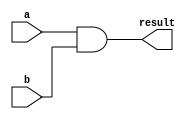
module generate_function (
    input a,
    input b,
    output result
);

assign result = a & b;

endmodule